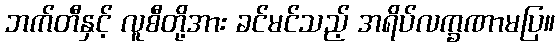
ဘက်တီနှင့် လူစီတို့အား ခင်မင်သည့် အရိပ်လက္ခဏာမပြ။